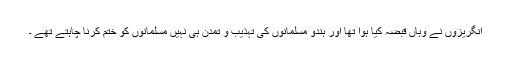
انگریزوں نے وہاں قبضہ کیا ہوا تھا اور ہندو مسلمانوں کی تہذیب و تمدن ہی نہیں مسلمانوں کو ختم کرنا چاہتے تھے ۔